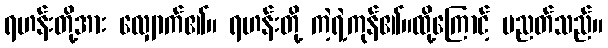
ရဟန်းတို့အား လျှောက်၏။ ရဟန်းတို့ ကဲ့ရဲ့ကုန်၏။ထို့ကြောင့် ပညတ်သည်။